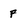
Character: F